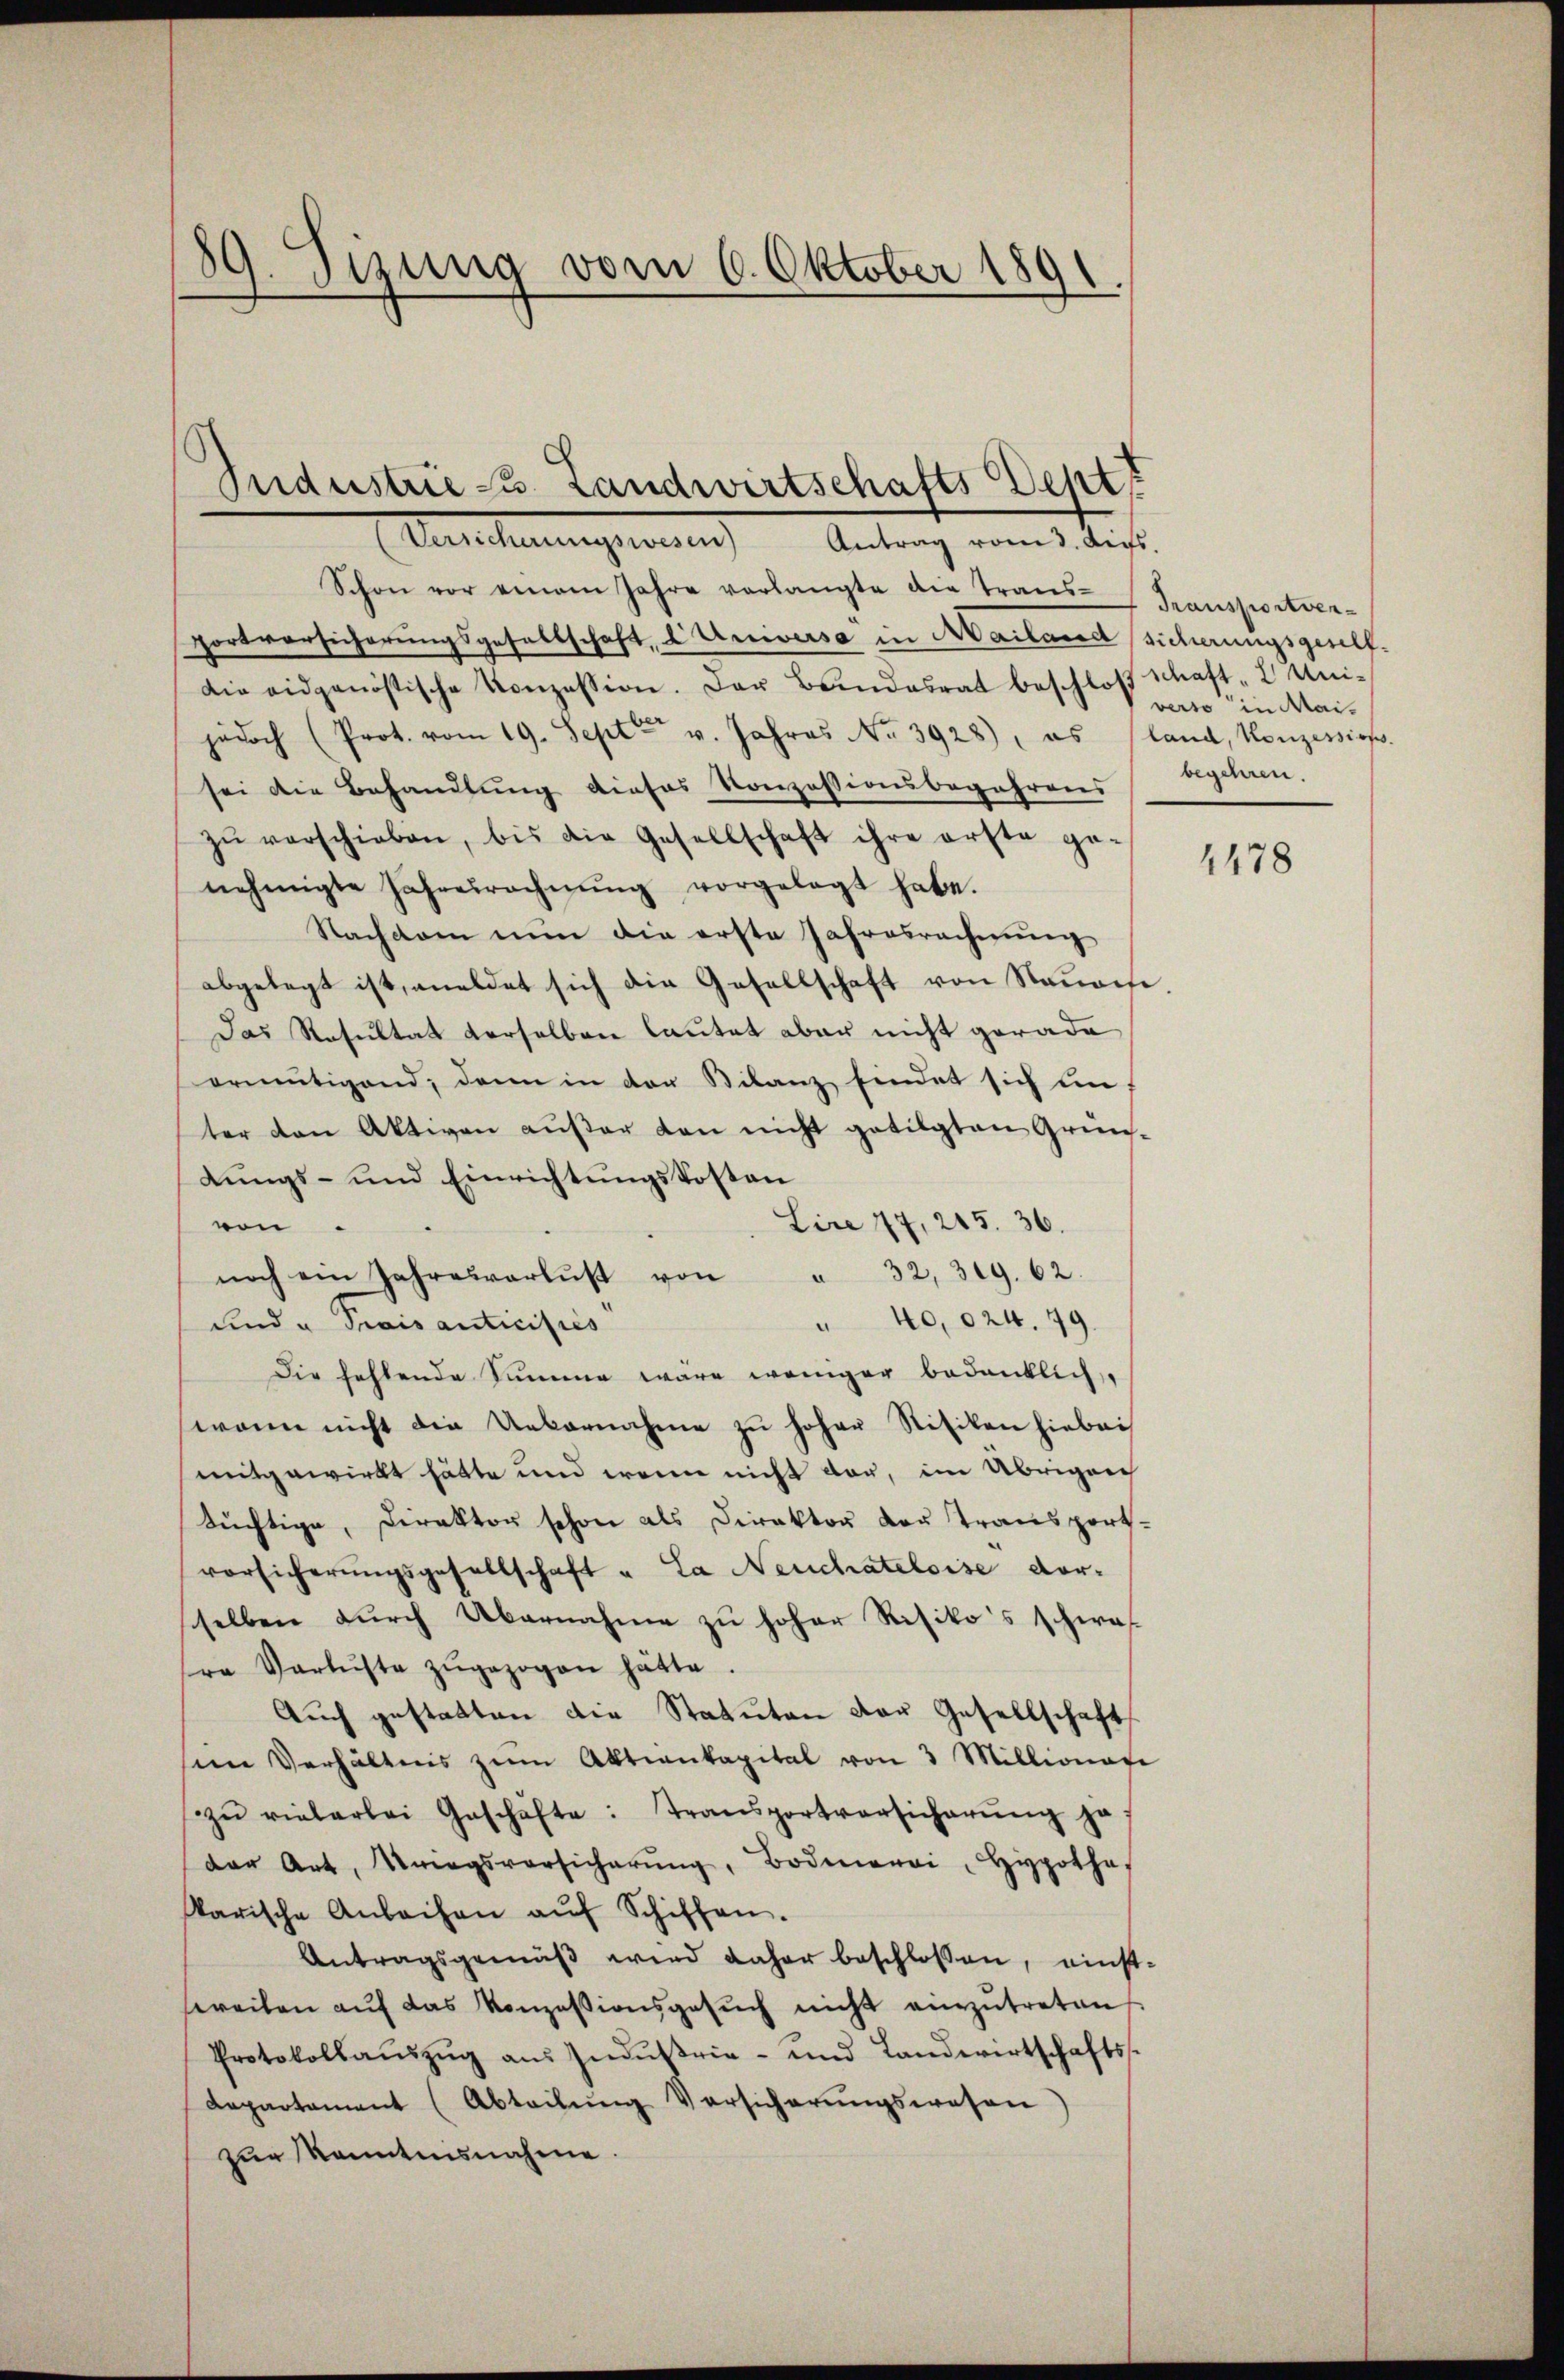
8
A. Sirung vom 6. Oktober 1891.
)

Sudustrie 3. Landwirtschafts Sept
Vereitengierung
Antrag vom 3. Aus

Schon vor einem Jahre verlangte die Trans-Transportver-
portversicherungsgesellschaft, d. Universa in Mailand sicherungsgesell¬
Die eidgenössische Konzession. Der Bŭndesrat beschloβ Schaft- 2 Uni-
jedoch (Prot. vom 19. Sept v. Jahres No 3928), es (land, Konzessions
sei die Behandlung dieses Konzessionsbegehrens
zŭ verschieben, bis die Gesellschaft ihre erste ge-
nehmigte Jahresrechnŭng vorgelegt habe.
Nachdem nun die erste Jahresrechnung
abgelegt ist, meldet sich die Gesellschaft von Nauonse
Das Resultat derselben lautet aber nicht gerade
ermutigend, dann in der Bilanz findet sich im
ter den Aktiven außer den nicht getilgten Grün-
dungs- und Einrichtungskosten
Lire 77, 215. 36.
von.
noch ein Jahresverlust von " 32, 319. 62.
40,024. 49.
und u Prais anticifiés
e
Die fehlende Summe wäre weniger bedanklich,
wenn nicht die Uebernahme zŭ hoher Stitiken hiebei
mitgewirkt hätte und wenn nicht vor, im Übrigen
tüchtige, Direktor schon als Direktor von Transport-
vorsicherŭngsgesellschaft u. La Neuchateloise vorsselben durch Übernahme zu hoher Risiko's schwaf
ra Verluste zugezogen hätte
Auch gestatten die Statuten der Gesellschaft
sem Verhältnis zŭm Aktienkapital von 3 Millionate
zŭ vielerlei Geschäfte: Transportversicherŭng ja
der Art, Kriegsvorsicherŭng, Bodmerei, Hypothe-
karische Anbachen aŭf Schiffen.
Antragsgemäβ wird daher beschlossen, einst-
weilen aŭf das Konzessionsgesŭch nicht einzŭtreten.
Protokollaŭszŭg aŭs Indŭstrie- und Landwirtschafts-
departement (Abteilŭng Versicherŭngswesen
zur Kenntnisnahme.

verso in Mai.
begehren.

1478